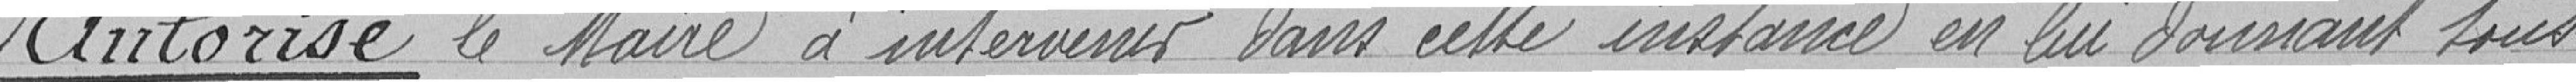
Autorise le Maire d'intervenir dans cette instance en lui donnant tous